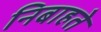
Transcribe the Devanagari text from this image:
निबाहते